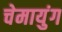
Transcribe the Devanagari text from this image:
चेमायुंग